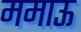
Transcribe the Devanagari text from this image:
ममाऊ